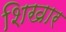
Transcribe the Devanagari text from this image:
शिखार